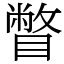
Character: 瞥